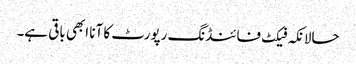
حالانکہ فیکٹ فائنڈنگ رپورٹ کا آنا ابھی باقی ہے۔